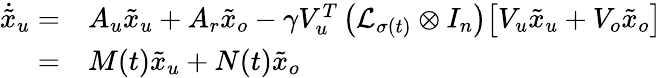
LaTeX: \begin{array}{rl}{\dot{\tilde{x}}_{u}=}&{A_{u}\tilde{x}_{u}+A_{r}\tilde{x}_{o}-\gamma V_{u}^{T}\left(\mathcal{L}_{\sigma(t)}\otimes I_{n}\right)\big[V_{u}\tilde{x}_{u}+V_{o}\tilde{x}_{o}\big]}\\ {=}&{M(t)\tilde{x}_{u}+N(t)\tilde{x}_{o}}\end{array}